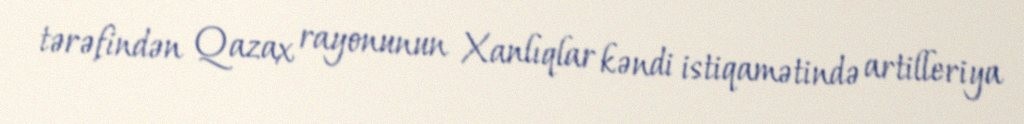
tərəfindən Qazax rayonunun Xanlıqlar kəndi istiqamətində artilleriya